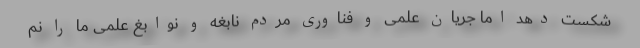
شکست دهد اما جریان علمی و فناوری مردم نابغه و نوابغ علمی ما را نم